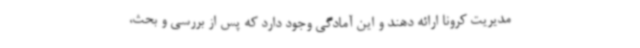
مدیریت کرونا ارائه دهند و این آمادگی وجود دارد که پس از بررسی و بحث،